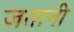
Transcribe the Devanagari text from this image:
जतानी